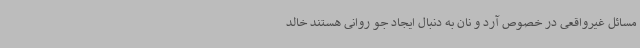
مسائل غیرواقعی در خصوص آرد و نان به دنبال ایجاد جو روانی هستند خالد